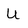
Character: U